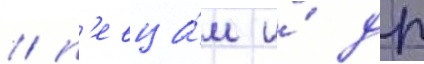
/ п'евца́м и́ др